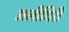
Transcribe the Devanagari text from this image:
अलीघिरी